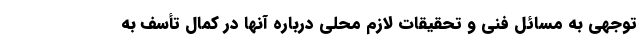
‌توجهی به مسائل فنی و تحقیقات لازم محلی درباره آنها در کمال تأسف به